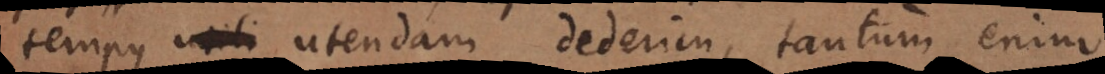
tempus utendam dederim, tantum enim